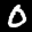
Label: 0